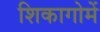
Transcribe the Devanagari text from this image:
शिकागोमें